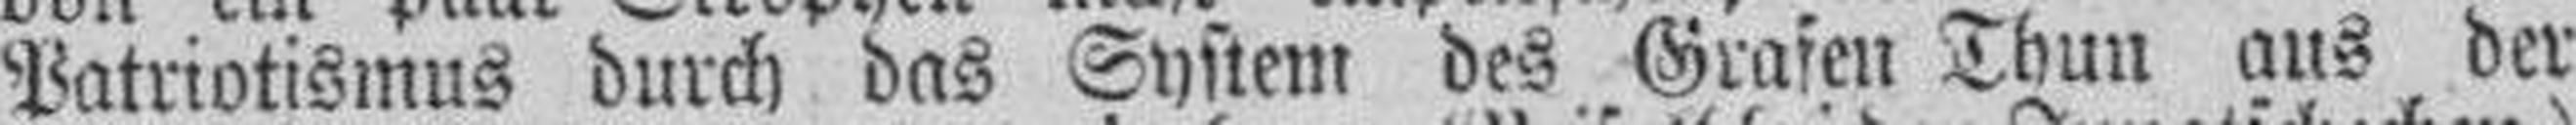
Patriotismus durch das System des Grafen Thun aus der